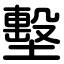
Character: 墼